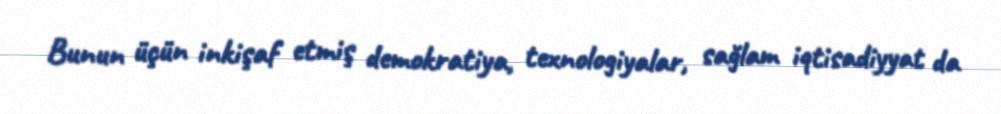
Bunun üçün inkişaf etmiş demokratiya, texnologiyalar, sağlam iqtisadiyyat da